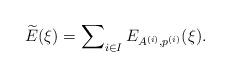
LaTeX: \begin{align*}\widetilde{E}(\xi) = \sum_{i\in I}\nolimits E_{A^{(i)},p^{(i)}}(\xi).\end{align*}